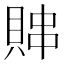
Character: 賗